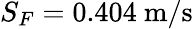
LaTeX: S_{F}=0.404~\mathrm{m}/\mathrm{s}